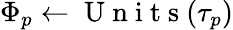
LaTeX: {\Phi_{p}}\gets\mathrm{~U~n~i~t~s~}({\tau_{p}})